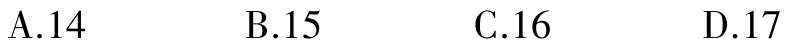
A.14

B.15

C.16

D.17